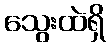
သွေးထဲရှိ